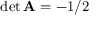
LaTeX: \operatorname* { d e t } \mathbf { A } = - 1 / 2